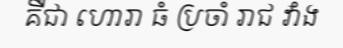
គឺជា ហោរា ធំ ប្រចាំ រាជ វាំង